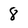
Character: 8